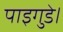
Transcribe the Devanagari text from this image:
पाइगुडे।